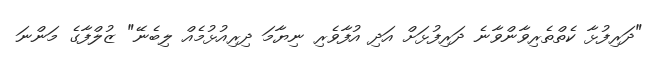
"ދަރިފުޅާ ކެތްތެރިވާންވާނެ ދަރިފުޅަށް އަދި އުފާވެރި ނިޔާމަ ދިރިއުޅުމެއް ލިބެނޭ" ޒުލްފާގެ މަންނަ